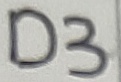
Text: D3